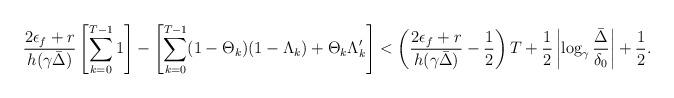
LaTeX: \begin{align*} \frac{2\epsilon_f+r}{h(\gamma \bar\Delta)} \left[ \sum_{k=0}^{T-1} 1 \right] - \left[ \sum_{k=0}^{T-1} (1 - \Theta_k)(1 - \Lambda_k) + \Theta_k \Lambda_k' \right] < \left( \frac{2\epsilon_f+r}{h(\gamma \bar\Delta)} - \frac{1}{2} \right) T + \frac{1}{2} \left|\log_\gamma\frac{\bar\Delta}{\delta_0}\right| + \frac{1}{2}. \end{align*}